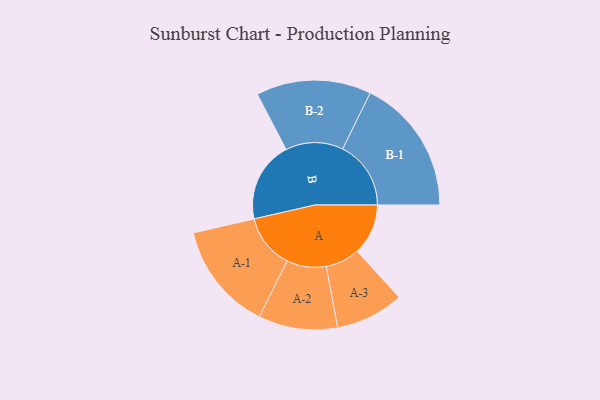
{"axis": {"x": "Segment", "y": "Value"}, "legend": ["", "A", "B"], "data": [{"x": "A", "y": 218, "type": ""}, {"x": "B", "y": 345, "type": ""}, {"x": "A-1", "y": 232, "type": "A"}, {"x": "A-2", "y": 169, "type": "A"}, {"x": "A-3", "y": 146, "type": "A"}, {"x": "B-1", "y": 292, "type": "B"}, {"x": "B-2", "y": 246, "type": "B"}]}